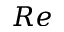
R e